画像に写った文字を読んでください
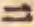
「ニ」と書いてあります